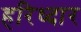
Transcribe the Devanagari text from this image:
हरिध्दार